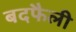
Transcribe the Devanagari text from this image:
बदफैली